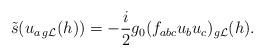
LaTeX: \begin{align*}\tilde s(u_{a\,{g{\cal L}}}(h))=-\frac{i}{2}g_0(f_{abc}u_b u_c)_{g{\cal L}}(h).\end{align*}